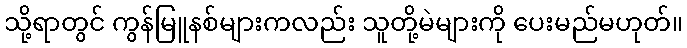
သို့ရာတွင် ကွန်မြူနစ်များကလည်း သူတို့မဲများကို ပေးမည်မဟုတ်။